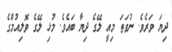
ދިޔަ ވަރެވެ. ނުވަތަ މިއީ ލޭގެ ދިޔާ ބައެވެ. މުޅި ލޭގެ ވޮލިއުމްގެ